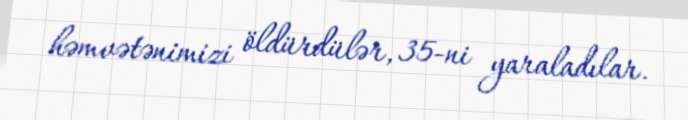
həmvətənimizi öldürdülər, 35-ni yaraladılar.